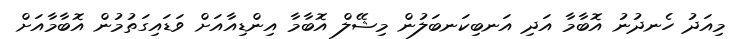
މިއަދު ހެނދުނު އޮބާމާ އަދި އަނބިކަނބަލުން މިޝޭލް އޮބާމާ އިންޑިއާއަށް ވަޑައިގަތުމުން އޮބާމާއަށް